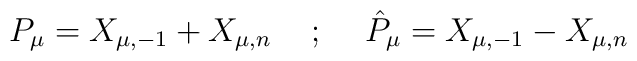
P_\mu = X_{\mu, -1} + X_{\mu, n}\hskip.5cm; \hskip.5cm \hat{P}_\mu = X_{\mu, -1} -X_{\mu, n}